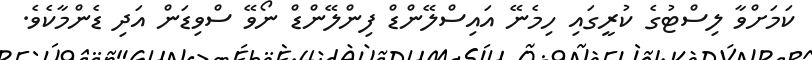
ކަމަށްވާ ލިސްޓުގެ ކުރީގައި ހިމެނޭ އައިސްލޭންޑް ފިންލޭންޑް ނޯވޭ ސްވިޑަން އަދި ޑެންމާކެވެ.